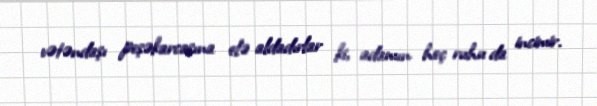
vətəndaşı peşəkarcasına elə aldadırlar ki, adamın heç ruhu da incimir.